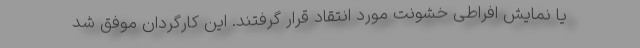
یا نمایش افراطی خشونت مورد انتقاد قرار گرفتند. این کارگردان موفق شد